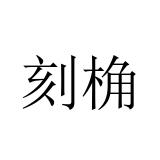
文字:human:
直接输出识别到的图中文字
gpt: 刻桷